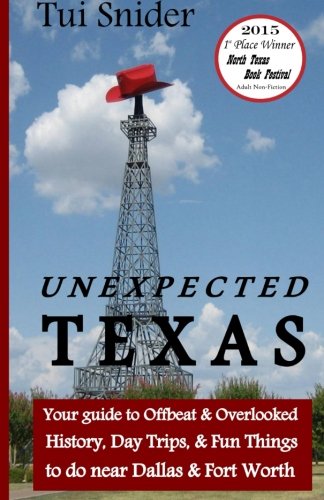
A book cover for Unexpected Texas: Your guide to Offbeat & Overlooked History, Day Trips & Fun things to do near Dallas & Fort Worth; Tui Snider; Travel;